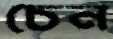
চেন